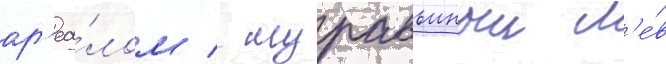
ар'еа́лом / муравьиныи л'е́в